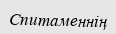
Спитаменнің